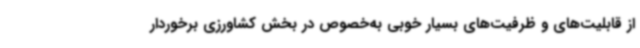
از قابلیت‌های و ظرفیت‌های بسیار خوبی به‌خصوص در بخش کشاورزی برخوردار